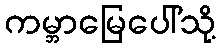
ကမ္ဘာမြေပေါ်သို့